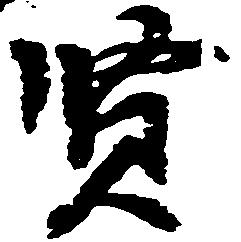
賢